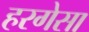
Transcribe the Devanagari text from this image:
हरगेसा